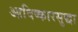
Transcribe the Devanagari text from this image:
आविष्कारसुद्धा